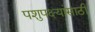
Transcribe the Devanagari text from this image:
पशुपक्ष्यांसाठी